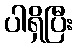
ပါရှိပြီး